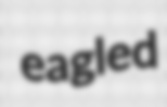
eagled